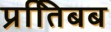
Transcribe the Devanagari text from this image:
प्रतििबब